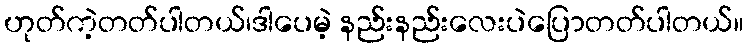
ဟုတ်ကဲ့တတ်ပါတယ်၊ဒါပေမဲ့ နည်းနည်းလေးပဲပြောတတ်ပါတယ်။